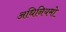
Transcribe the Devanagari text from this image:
अधिनियमो